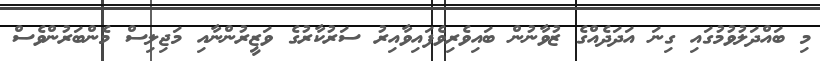
މި ބައްދަލުވުމުގައި ގިނަ އަދަދެއްގެ ޒުވާނުން ބައިވެރިވެފައިވާއިރު ސަރުކާރުގެ ވަޒީރުންނާއި މަޖިލިސް މެންބަރުންވެސް